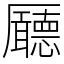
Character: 𠫊